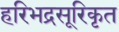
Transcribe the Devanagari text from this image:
हरिभद्रसूरिकृत